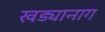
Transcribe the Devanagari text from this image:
खड्यानाग